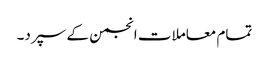
تمام معاملات انجمن کے سپرد۔